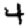
Digit: 4